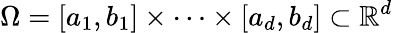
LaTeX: \Omega=[a_{1},b_{1}]\times\dots\times[a_{d},b_{d}]\subset\mathbb{R}^{d}